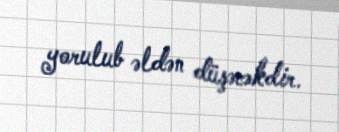
yorulub əldən düşəcəkdir.